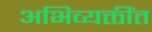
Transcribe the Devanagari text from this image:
अभिव्यक्तींत